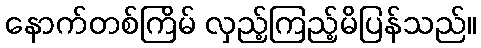
နောက်တစ်ကြိမ် လှည့်ကြည့်မိပြန်သည်။